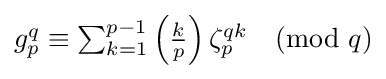
{\textstyle g_{p}^{q}\equiv \sum _{k=1}^{p-1}\left({\frac {k}{p}}\right)\zeta _{p}^{qk}{\pmod {q}}}